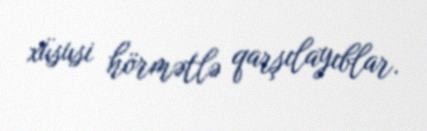
xüsusi hörmətlə qarşılayıblar.